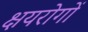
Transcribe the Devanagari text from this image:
क्षयरोगों